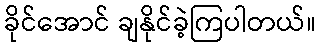
ခိုင်အောင် ချနိုင်ခဲ့ကြပါတယ်။